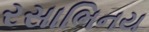
રસાભિનય